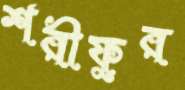
শরীফুর